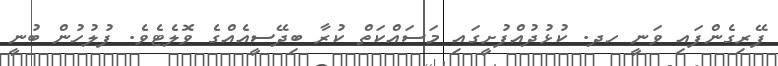
ފޭރިގެންފައި ވަނީ ހދ. ކުޅުދުއްފުށީގައި މަސައްކަތް ކުރާ ބިދޭސީއެއްގެ ވޮލެޓެވެ. ފުލުހުން ބުނީ